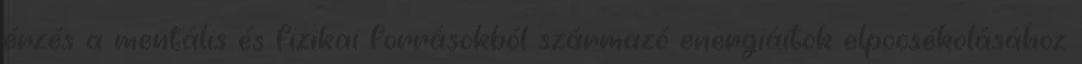
érzés a mentális és fizikai forrásokból származó energiáitok elpocsékolásához